Lunatic asylums United Provinces 1909-1921 - 1909-1921
Year: 1909
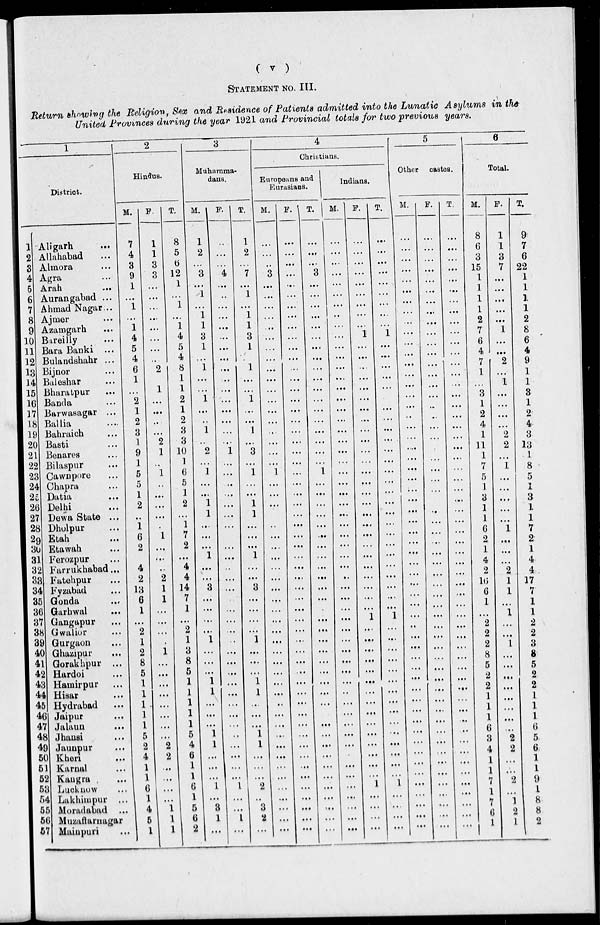
( v )
STATEMENT NO. III.
Return showing the Religion, Sex and Residence of Patients admitted into the Lunatic Asylums in the
United Provinces during the year 1921 and Provincial totals for two previous years.
1
District.
1
2
3
4
5
6
7
8
9
10
11
12
13
14
15
16
17
18
19
20
21
22
23
24
25
26
27
28
29
30
31
32
33
34
35
36
37
38
39
40
41
42
43
44
45
46
47
48
49
50
51
52
53
54
55
56
57
Aligarh
...
Allahabad ...
Almora ...
Agra ...
Arah ...
Aurangabad ...
Ahmad Nagar ...
Ajmer ...
Azamgarh ...
Bareilly ...
Bara Banki ...
Bulandshahr ...
Bijnor ...
Baleshar ...
Bharatpur ...
Banda ...
Barwasagar ...
Ballia ...
Bahraich ...
Basti ...
Benares ...
Bilaspur ...
Cawnpore ...
Chapra ...
Datia ...
Delhi ...
Dewa State ...
Dholpur ...
Etah ...
Etawah ...
Ferozpur ...
Farrukhabad ...
Fatehpur ...
Fyzabad ...
Gonda ...
Garhwal ...
Gangapur ...
Gwalior ...
Gurgaon ...
Ghazipur ...
Gorakhpur ...
Hardoi ...
Hamirpur ...
Hisar ...
Hydrabad ...
Jaipur ...
Jalaun ...
Jhansi ...
Jaunpur ...
Kheri ...
Karnal ...
Kaugra ...
Lucknow ...
Lakhimpur ...
Moradabad ...
Muzaffarnagar
Mainpuri ...
2
Hindus.
M.
7
4
3
9
1
...
1
...
1
4
5
4
6
1
...
2
1
2
3
1
9
1
5
5
1
2
..
1
6
2
4
2
13
6
1
...
2
1
2
8
5
1
1
1
1
1
5
2
4
1
1
6
1
4
5
1
F.
1
1
3
3
...
...
...
...
...
...
...
...
2
1
...
...
...
...
2
1
...
1
...
...
...
...
.
1
...
...
..
2
1
1
...
...
...
.
1
...
...
...
...
...
...
...
...
2
2
...
...
...
...
1
1
1
T.
8
5
6
12
1
...
1
...
1
4
5
4
8
1
1
2
1
2
3
3
10
1
6
5
1
2
...
1
7
2
...
4
4
14
7
1
...
2
1
3
8
5
1
1
1
1
1
5
4
6
1
1
6
1
5
6
2
3
Muhamma-
dans.
M.
1
2
...
3
...
1
...
1
1
3
1
...
1
...
...
1
...
..
1
..
2
...
1
...
...
1
1
...
...
...
1
...
...
3
...
...
...
...
1
...
...
...
1
1
...
...
...
1
1
...
...
...
1
...
3
1
...
F.
...
...
...
4
...
..
...
...
...
...
...
...
...
...
...
...
...
...
...
...
1
...
...
..
...
...
...
...
...
...
...
..
...
...
...
...
...
...
..
...
...
...
...
...
...
...
...
..
...
...
...
...
1
...
...
1
...
T.
1
2
...
7
...
1
...
1
1
3
1
.
1
...
...
1
...
...
1
...
3
...
1
...
...
1
1
...
...
...
1
...
...
3
...
...
...
...
1
...
...
...
1
1
...
...
...
1
1
...
...
...
2
..
3
2
...
4
Christians.
Europeans and
Eurasians.
M.
...
...
...
3
...
...
...
...
...
...
...
...
...
...
...
...
...
...
...
...
...
...
1
...
...
...
...
..
...
...
...
...
...
...
...
...
...
...
...
...
...
...
...
...
..
...
...
...
...
...
...
...
...
...
...
...
...
F.
...
...
...
...
...
...
...
...
...
...
...
...
...
...
...
...
...
...
...
...
...
...
...
...
...
...
...
...
...
...
...
...
...
...
...
...
...
...
...
...
...
...
...
...
...
...
...
...
...
...
...
...
...
...
...
...
...
T.
...
...
...
3
...
...
...
...
...
...
...
...
...
...
...
...
...
...
...
...
...
...
1
...
...
...
...
...
...
...
...
...
...
...
...
...
...
...
...
...
...
...
...
...
...
...
...
...
...
...
...
...
...
...
...
...
...
Indians.
M.
...
...
...
...
...
...
...
..
...
...
...
...
...
...
...
...
...
...
...
...
...
...
...
...
...
...
...
...
...
...
...
...
..
...
...
...
...
...
...
...
...
...
...
...
...
...
...
...
...
...
...
...
...
...
...
...
...
F.
...
...
...
...
...
...
...
...
...
1
...
...
...
...
...
...
...
...
...
...
...
...
...
...
...
...
...
...
...
...
...
...
...
...
...
...
1
...
...
...
...
...
...
...
...
...
...
...
...
...
...
...
1
...
...
...
...
T.
...
...
...
...
...
...
...
...
...
1
...
...
...
...
...
...
...
...
...
...
...
...
...
...
...
...
...
...
...
...
...
...
...
...
...
...
1
...
...
...
...
...
...
...
...
...
...
...
...
...
...
...
1
...
...
...
...
5
Other castes.
M.
...
...
...
...
...
...
...
...
...
...
...
...
...
...
...
...
...
...
...
...
...
...
...
...
...
...
...
...
...
...
...
...
...
...
...
...
...
..
...
...
...
...
...
...
...
...
...
...
...
...
...
...
...
...
...
...
...
F.
...
...
...
...
...
...
...
...
...
...
...
...
...
...
...
...
...
..
...
...
...
...
...
...
...
...
..
...
...
...
...
...
...
...
...
...
...
...
...
...
...
...
...
...
...
...
...
...
...
...
...
...
...
...
...
...
...
T.
...
...
...
...
...
...
...
...
...
...
...
...
...
...
...
...
...
...
...
...
...
...
...
...
...
...
...
...
...
...
...
...
...
...
...
...
...
...
...
...
...
...
...
...
...
...
...
...
...
...
...
...
...
...
...
...
...
6
Total.
M.
8
6
3
15
1
1
1
1
2
7
6
4
7
1
...
3
1
2
4
1
11
1
7
5
1
3
1
1
6
2
1
4
2
16
6
1
...
2
2
2
8
5
2
2
1
1
1
6
3
4
1
1
7
1
7
6
1
F.
1
1
3
7
...
...
...
...
...
1
...
...
2
...
1
...
...
...
...
2
2
...
1
...
...
...
...
...
1
...
...
...
2
1
1
...
1
...
...
1
...
...
...
...
...
...
...
...
2
2
...
...
2
...
1
2
1
T.
9
7
6
22
1
1
1
1
2
8
6
4
9
1
1
3
1
2
4
3
13
1
8
5
1
3
1
1
7
2
1
4
4
17
7
1
1
2
2
3
8
5
2
2
1
1
1
6
5
6
1
1
9
1
8
8
2